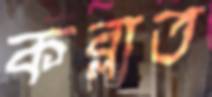
কব্‌লাত